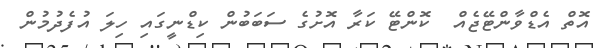
އޮތް އެޑްވާންޓޭޖެއް  ކޮންޓޭ ކަރާ އޮށުގެ ސަބަބުން ކިޑްނީގައި ހިލަ އުފެދުމުން